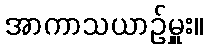
အာကာသယာဉ်မှူး။